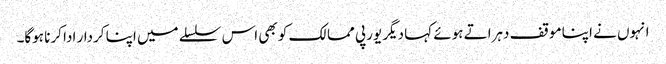
انہوں نے اپنا موقف دہراتے ہوئے کہا دیگر یورپی ممالک کو بھی اس سلسلے میں اپنا کردار ادا کرنا ہوگا۔